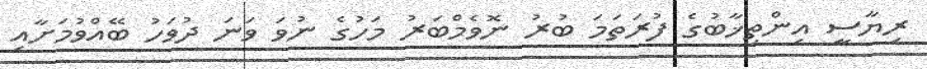
ރިޔާސީ އިންތިޚާބުގެ ފުރަތަމަ ބުރު ނޮވެމްބަރު މަހުގެ ނުވަ ވަނަ ދުވަހު ބޭއްވުމަށާއި